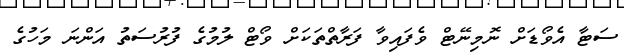
ސަޓާ އެވޯޑަށް ނޮމިނޭޓް ވެފައިވާ ފަރާތްތަކަށް ވޯޓް ލުމުގެ ފުރުސަތު އަންނަ މަހުގެ